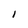
Character: 1